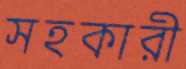
সহকারী